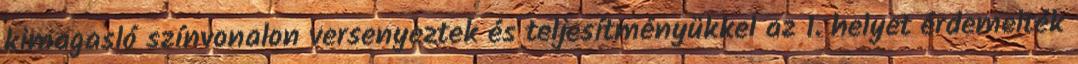
kimagasló színvonalon versenyeztek és teljesítményükkel az 1. helyet érdemelték